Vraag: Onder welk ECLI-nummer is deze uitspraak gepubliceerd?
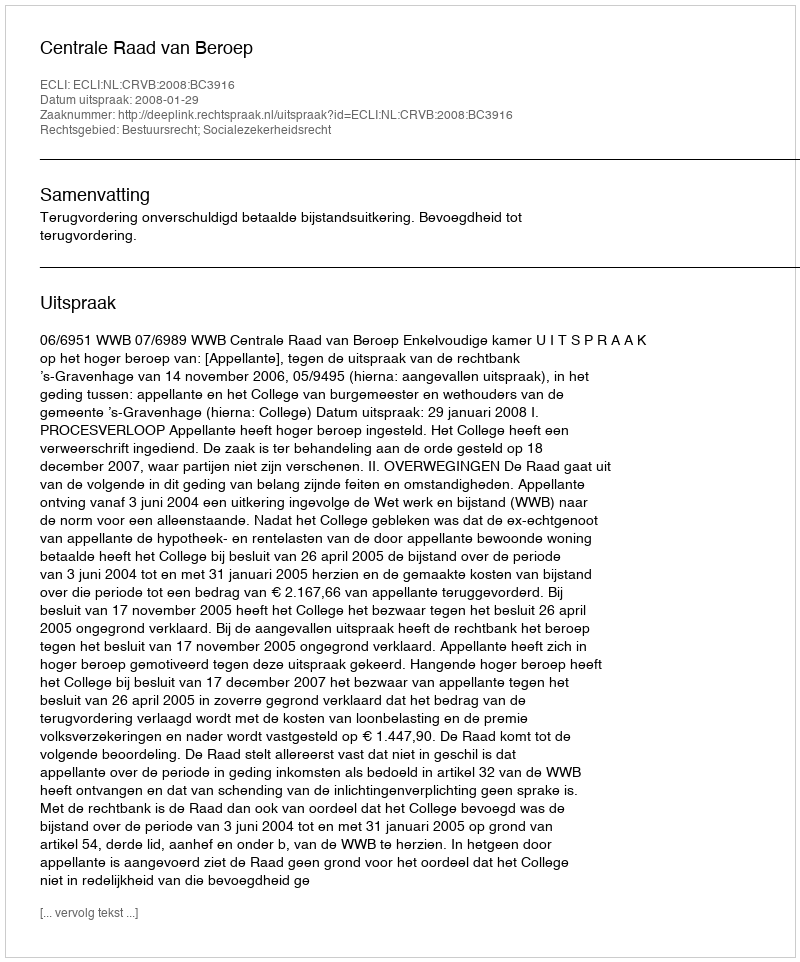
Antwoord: ECLI:NL:CRVB:2008:BC3916